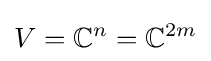
V=\mathbb {C} ^{n}=\mathbb {C} ^{2m}